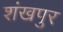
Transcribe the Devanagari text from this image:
शंखपुर